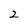
Character: 2